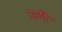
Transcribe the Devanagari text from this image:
ऊठी